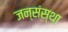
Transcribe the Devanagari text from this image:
जन्संस्था